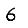
Digit: 6